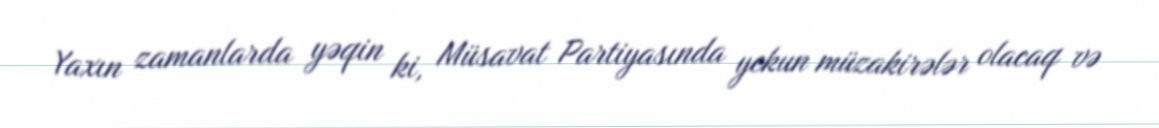
Yaxın zamanlarda yəqin ki, Müsavat Partiyasında yekun müzakirələr olacaq və